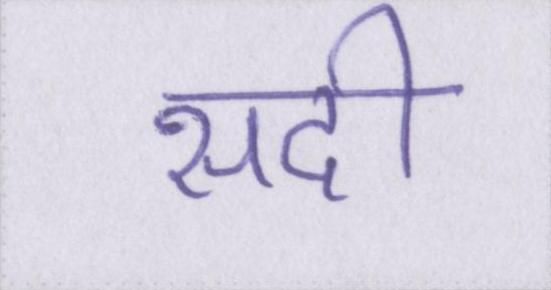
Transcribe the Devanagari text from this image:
सदी